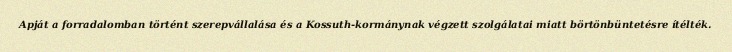
Apját a forradalomban történt szerepvállalása és a Kossuth-kormánynak végzett szolgálatai miatt börtönbüntetésre ítélték.